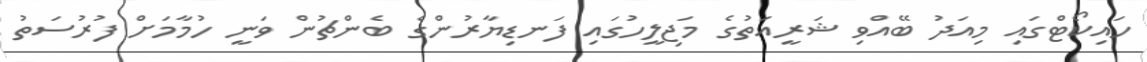
ހައިކޯޓްގައި މިއަދު ބޭއްވި ޝަރީއަތުގެ މަޖިލީހުގައި ފަނޑިޔާރުންގެ ބެންޗުން ވަނީ ހުމާމަށް ފުރުސަތު